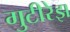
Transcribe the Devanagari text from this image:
गुटीरेझ